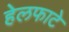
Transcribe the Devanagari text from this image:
हेलफाटे